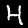
Label: 4